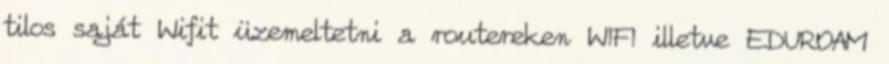
tilos saját Wifit üzemeltetni a routereken WIFI illetve EDUROAM